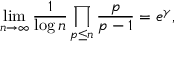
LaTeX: \operatorname* { l i m } _ { n \to \infty } { \frac { 1 } { \log n } } \prod _ { p \leq n } { \frac { p } { p - 1 } } = e ^ { \gamma } ,